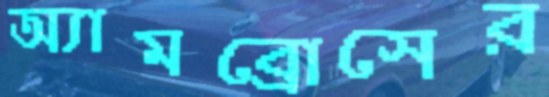
অ্যামব্রোসের